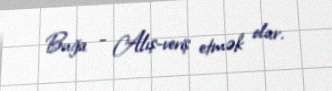
Buğa - Alış-veriş etmək olar.